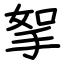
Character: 挐